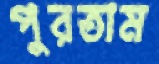
পুরতাম